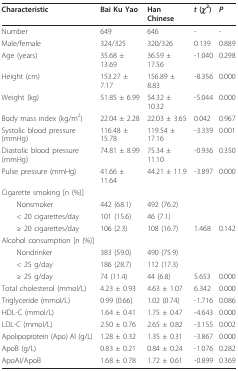
<table><thead><tr><td><b>Characteristic</b></td><td><b>Bai Ku Yao</b></td><td><b>Han Chinese</b></td><td><b><i>t </i>(<i>χ</i><sup>2</sup>)</b></td><td><b><i>P</i></b></td></tr></thead><tbody><tr><td>Number</td><td>649</td><td>646</td><td>-</td><td>-</td></tr><tr><td>Male/female</td><td>324/325</td><td>320/326</td><td>0.139</td><td>0.889</td></tr><tr><td>Age (years)</td><td>35.68 ± 13.69</td><td>36.59 ± 17.56</td><td>-1.040</td><td>0.298</td></tr><tr><td>Height (cm)</td><td>153.27 ± 7.17</td><td>156.89 ± 8.83</td><td>-8.356</td><td>0.000</td></tr><tr><td>Weight (kg)</td><td>51.85 ± 6.99</td><td>54.32 ± 10.32</td><td>-5.044</td><td>0.000</td></tr><tr><td>Body mass index (kg/m<sup>2</sup>)</td><td>22.04 ± 2.28</td><td>22.03 ± 3.65</td><td>0.042</td><td>0.967</td></tr><tr><td>Systolic blood pressure (mmHg)</td><td>116.48 ± 15.78</td><td>119.54 ± 17.16</td><td>-3.339</td><td>0.001</td></tr><tr><td>Diastolic blood pressure (mmHg)</td><td>74.81 ± 8.99</td><td>75.34 ± 11.10</td><td>-0.936</td><td>0.350</td></tr><tr><td>Pulse pressure (mmHg)</td><td>41.66 ± 11.64</td><td>44.21 ± 11.9</td><td>-3.897</td><td>0.000</td></tr><tr><td>Cigarette smoking [n (%)]</td><td></td><td></td><td></td><td></td></tr><tr><td> Nonsmoker</td><td>442 (68.1)</td><td>492 (76.2)</td><td></td><td></td></tr><tr><td> &lt; 20 cigarettes/day</td><td>101 (15.6)</td><td>46 (7.1)</td><td></td><td></td></tr><tr><td> ≥ 20 cigarettes/day</td><td>106 (2.3)</td><td>108 (16.7)</td><td>1.468</td><td>0.142</td></tr><tr><td>Alcohol consumption [n (%)]</td><td></td><td></td><td></td><td></td></tr><tr><td> Nondrinker</td><td>383 (59.0)</td><td>490 (75.9)</td><td></td><td></td></tr><tr><td> &lt; 25 g/day</td><td>186 (28.7)</td><td>112 (17.3)</td><td></td><td></td></tr><tr><td> ≥ 25 g/day</td><td>74 (11.4)</td><td>44 (6.8)</td><td>5.653</td><td>0.000</td></tr><tr><td>Total cholesterol (mmol/L)</td><td>4.23 ± 0.93</td><td>4.63 ± 1.07</td><td>6.342</td><td>0.000</td></tr><tr><td>Triglyceride (mmol/L)</td><td>0.99 (0.66)</td><td>1.02 (0.74)</td><td>-1.716</td><td>0.086</td></tr><tr><td>HDL-C (mmol/L)</td><td>1.64 ± 0.41</td><td>1.75 ± 0.47</td><td>-4.643</td><td>0.000</td></tr><tr><td>LDL-C (mmol/L)</td><td>2.50 ± 0.76</td><td>2.65 ± 0.82</td><td>-3.155</td><td>0.002</td></tr><tr><td>Apolipoprotein (Apo) AI (g/L)</td><td>1.28 ± 0.32</td><td>1.35 ± 0.31</td><td>-3.867</td><td>0.000</td></tr><tr><td>ApoB (g/L)</td><td>0.83 ± 0.21</td><td>0.84 ± 0.24</td><td>-1.076</td><td>0.282</td></tr><tr><td>ApoAI/ApoB</td><td>1.68 ± 0.78</td><td>1.72 ± 0.61</td><td>-0.899</td><td>0.369</td></tr></tbody></table>